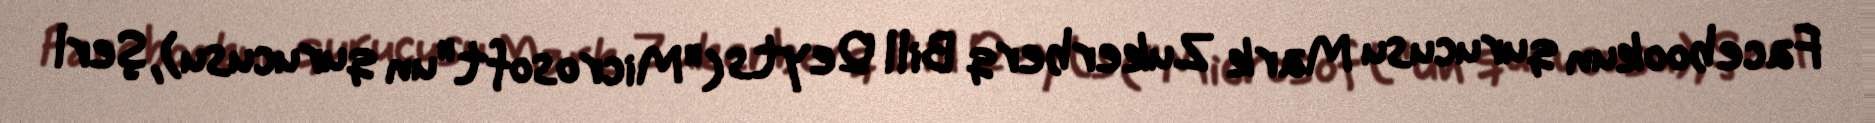
Facebookun qurucusu Mark Zukerberq Bill Qeyts ("Microsoft"un qurucusu), Şerl